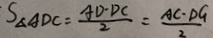
S _ { \Delta A D C } = \frac { A D \cdot D C } { 2 } = \frac { A C \cdot D G } { 3 }